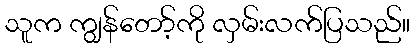
သူက ကျွန်တော့်ကို လှမ်းလက်ပြသည်။